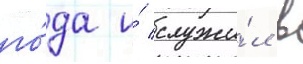
го́да и́ служи́л в